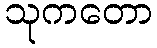
သုကတော